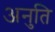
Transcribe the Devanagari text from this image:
अनुति